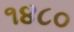
૧૪૮૦